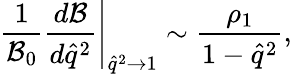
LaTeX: \left.\frac{1}{{\cal B}_{0}}\frac{d{\cal B}}{d\hat{q}^{2}}\right|_{\hat{q}^{2}\to 1}\sim\frac{\rho_{1}}{1-\hat{q}^{2}},